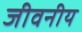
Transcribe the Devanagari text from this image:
जीवनीय